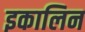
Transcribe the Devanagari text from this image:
इकालिन